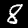
Digit: 8